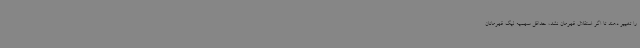
را تغییر دهند تا اگر استقلال قهرمان نشد، حداقل سهمیه لیگ قهرمانان